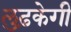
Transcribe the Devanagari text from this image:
लुढ़केगी